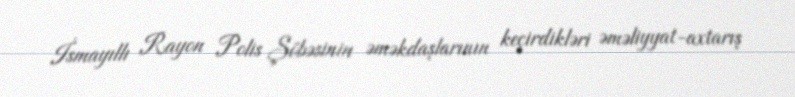
İsmayıllı Rayon Polis Şöbəsinin əməkdaşlarının keçirdikləri əməliyyat-axtarış